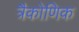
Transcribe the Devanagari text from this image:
त्रैकोणिक